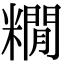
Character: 𮇻